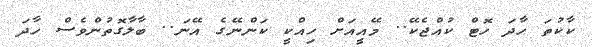
ކާކުތަ ހާދަ ހޮޓް ކުއްޖެކޭ.. މޭއީއަށް ހިއްކީ ކަންނޭގެ އޭނަ.. ބާލާގޮތުންވެސް ހާދަ